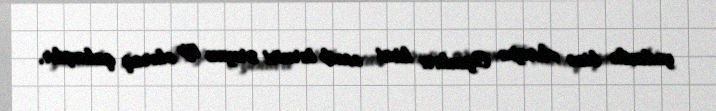
yadında bizə Avropa Oyunları kimi əcaib turniri sırıyan tip olaraq qalmışdır.